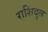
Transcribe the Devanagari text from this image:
राशिदुल